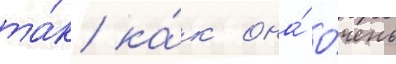
та́к ка́к она́ о́чень